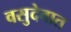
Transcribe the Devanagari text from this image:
वसुदेवात